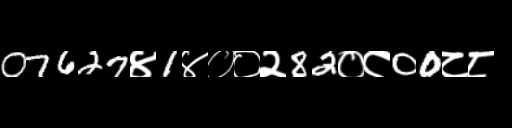
Text: 07627४1४००२82०८00८८